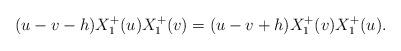
LaTeX: \begin{align*}(u-v-h)X_{1}^{+}(u)X_{1}^{+}(v)=(u-v+h)X_{1}^{+}(v)X_{1}^{+}(u).\end{align*}